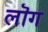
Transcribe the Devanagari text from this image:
लॊग